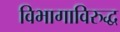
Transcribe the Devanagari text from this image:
विभागाविरुद्ध